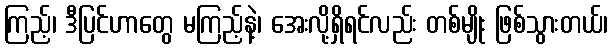
ကြည့်၊ ဒီပြင်ဟာတွေ မကြည့်နဲ့၊ အေးလို့ရှိရင်လည်း တစ်မျိုး ဖြစ်သွားတယ်၊